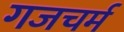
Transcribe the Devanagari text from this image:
गजचर्म